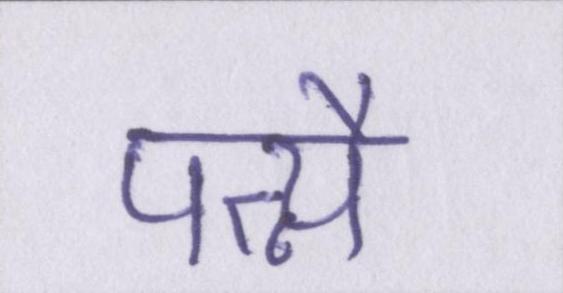
पत्न्यै